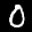
Label: 0